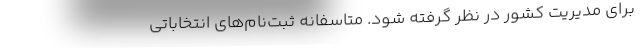
برای مدیریت کشور در نظر گرفته شود. متاسفانه ثبت‌نام‌های انتخاباتی